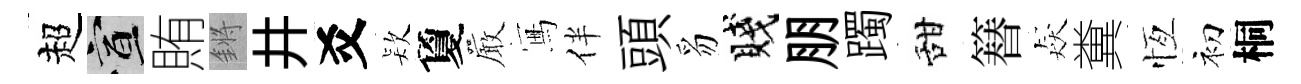
超宣賄鏘井爻𣣇夐巖冩伴頭豸賤朋躅甜簮猋糞恆初桐